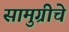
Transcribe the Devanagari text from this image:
सामुग्रीचे